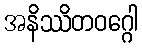
အနိဿိတဝဂ္ဂေါ